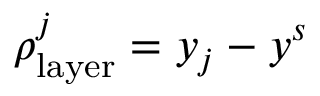
\rho _ { \mathrm { l a y e r } } ^ { j } = y _ { j } - y ^ { s }